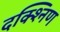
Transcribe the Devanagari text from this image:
दक्श्निण